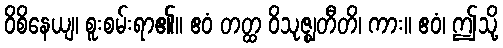
ဝိစိနေယျ၊ စူးစမ်းရာ၏။ ဧဝံ တတ္ထ ဝိသုဇ္ဈတီတိ၊ ကား။ ဧဝံ၊ ဤသို့